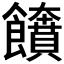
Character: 𩟲